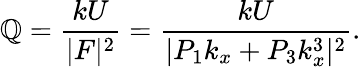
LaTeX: \mathbb{Q}=\frac{{kU}}{{|F|^{2}}}=\frac{{kU}}{{|P_{1}k_{x}+P_{3}k_{x}^{3}|^{2}}}.